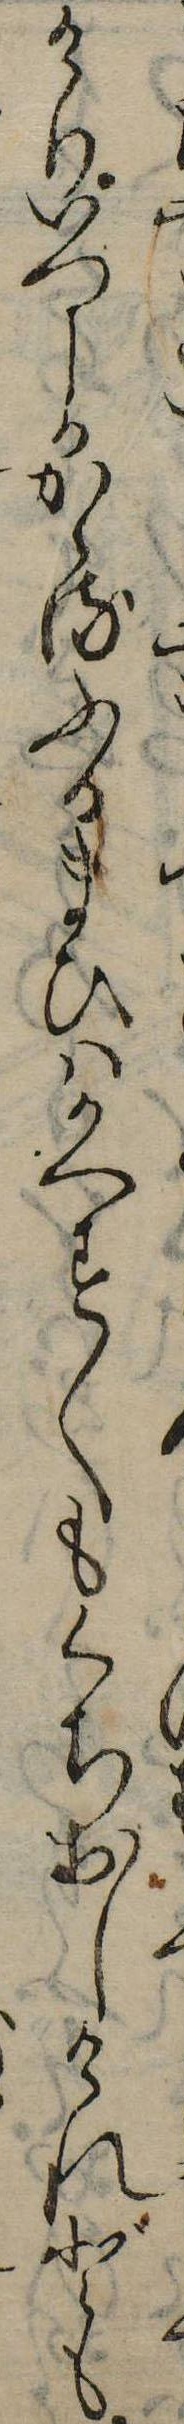
けりいつしかかゝるふるまひはかへす〱もくちおしけれども